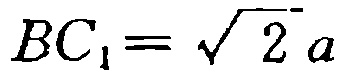
\(BC_{1}= \sqrt{2}a\)